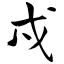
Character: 戍